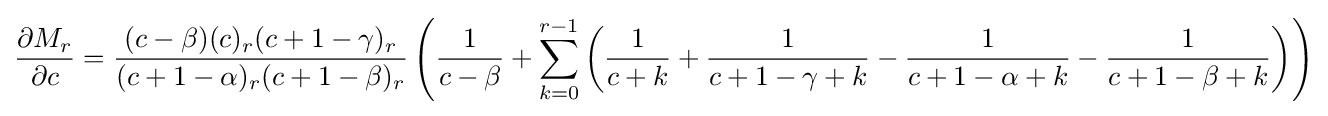
{\frac {\partial M_{r}}{\partial c}}={\frac {(c-\beta )(c)_{r}(c+1-\gamma )_{r}}{(c+1-\alpha )_{r}(c+1-\beta )_{r}}}\left({\frac {1}{c-\beta }}+\sum _{k=0}^{r-1}\left({\frac {1}{c+k}}+{\frac {1}{c+1-\gamma +k}}-{\frac {1}{c+1-\alpha +k}}-{\frac {1}{c+1-\beta +k}}\right)\right)